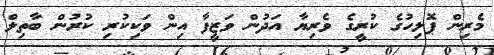
މެރިން ޕޮލިހުގެ ކުރީގެ ވެރިޔާ އަދުން ވަޒީފާ އިން ވަކިކުރި ކުރުން ބާތިލް